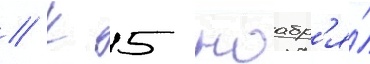
// К 5 ноабр'я́